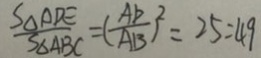
\frac { S _ { \Delta } A D E } { S _ { \Delta A B C } } = ( \frac { A D } { A B } ) ^ { 2 } = 2 5 = 4 9